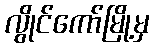
လွိုင်ကော်မြို့မှ